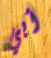
أبي